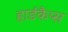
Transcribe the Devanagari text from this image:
हार्डकैप्स